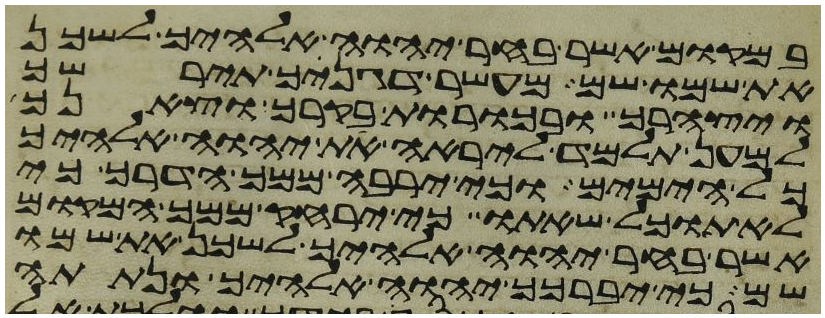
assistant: במקום אשר בחר יהוה אלהיך לשכן
את שמו שם מעשר דגנך תירשך
ויצהרך ובכורת בקרך וצאנך
למען תלמד ליראה את יהוה אלהיך
כל הימים וכי ירבה ממך הדרך כי
לא תוכל שאתו כי ירחק ממך המקום
אשר בחר יהוה אלהיך לשכן את שמו
שם כי יברכך יהוה אלהיך ונתתה